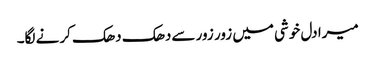
میرا دل خوشی میں زور زور سےدھک دھک کرنے لگا۔